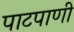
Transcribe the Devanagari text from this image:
पाटपाणी